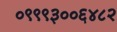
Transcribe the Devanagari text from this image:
०९९९३००६४८२